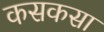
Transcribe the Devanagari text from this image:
कसकसा